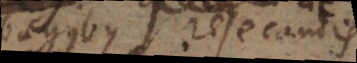
ambagibus resecandis,